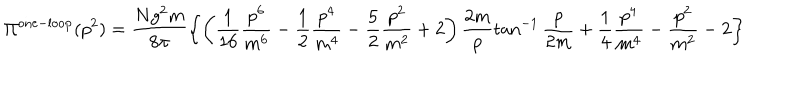
LaTeX: \Pi ^ { \mathrm { o n e - l o o p } } ( p ^ { 2 } ) = \frac { N g ^ { 2 } m } { 8 \pi } \left\{ \left( \frac { 1 } { 1 6 } \frac { p ^ { 6 } } { m ^ { 6 } } - \frac { 1 } { 2 } \frac { p ^ { 4 } } { m ^ { 4 } } - \frac { 5 } { 2 } \frac { p ^ { 2 } } { m ^ { 2 } } + 2 \right) \frac { 2 m } { p } \tan ^ { - 1 } \frac { p } { 2 m } + \frac { 1 } { 4 } \frac { p ^ { 4 } } { m ^ { 4 } } - \frac { p ^ { 2 } } { m ^ { 2 } } - 2 \right\}